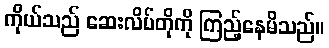
ကိုယ်သည် ဆေးလိပ်တိုကို ကြည့်နေမိသည်။